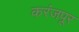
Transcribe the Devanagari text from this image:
करंजपूर